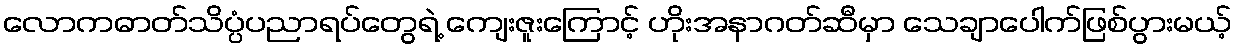
လောကဓာတ်သိပ္ပံပညာရပ်တွေရဲ့ ကျေးဇူးကြောင့် ဟိုးအနာဂတ်ဆီမှာ သေချာပေါက်ဖြစ်ပွားမယ့်